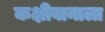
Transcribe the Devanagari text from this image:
कक्षीवानाला